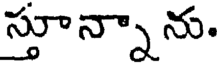
స్తూన్నా ను.